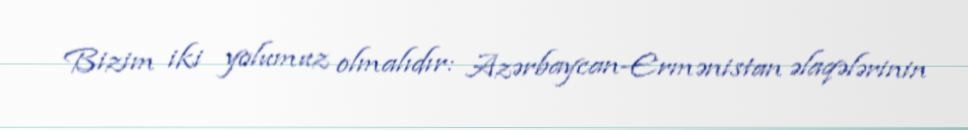
Bizim iki yolumuz olmalıdır: Azərbaycan-Ermənistan əlaqələrinin